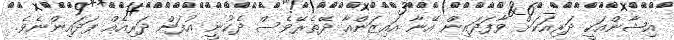
އިޝާންއަކީ ދަރިއަކަށް ވާފަދައިން އޭނާ އައިޒަންއާ ދޭތެރޭވެސް ދެކުނީ އުފަން ދަރިއެއް ފަދައިންނެވެ.